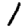
Digit: 1